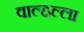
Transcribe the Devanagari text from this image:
वाल्हल्ला